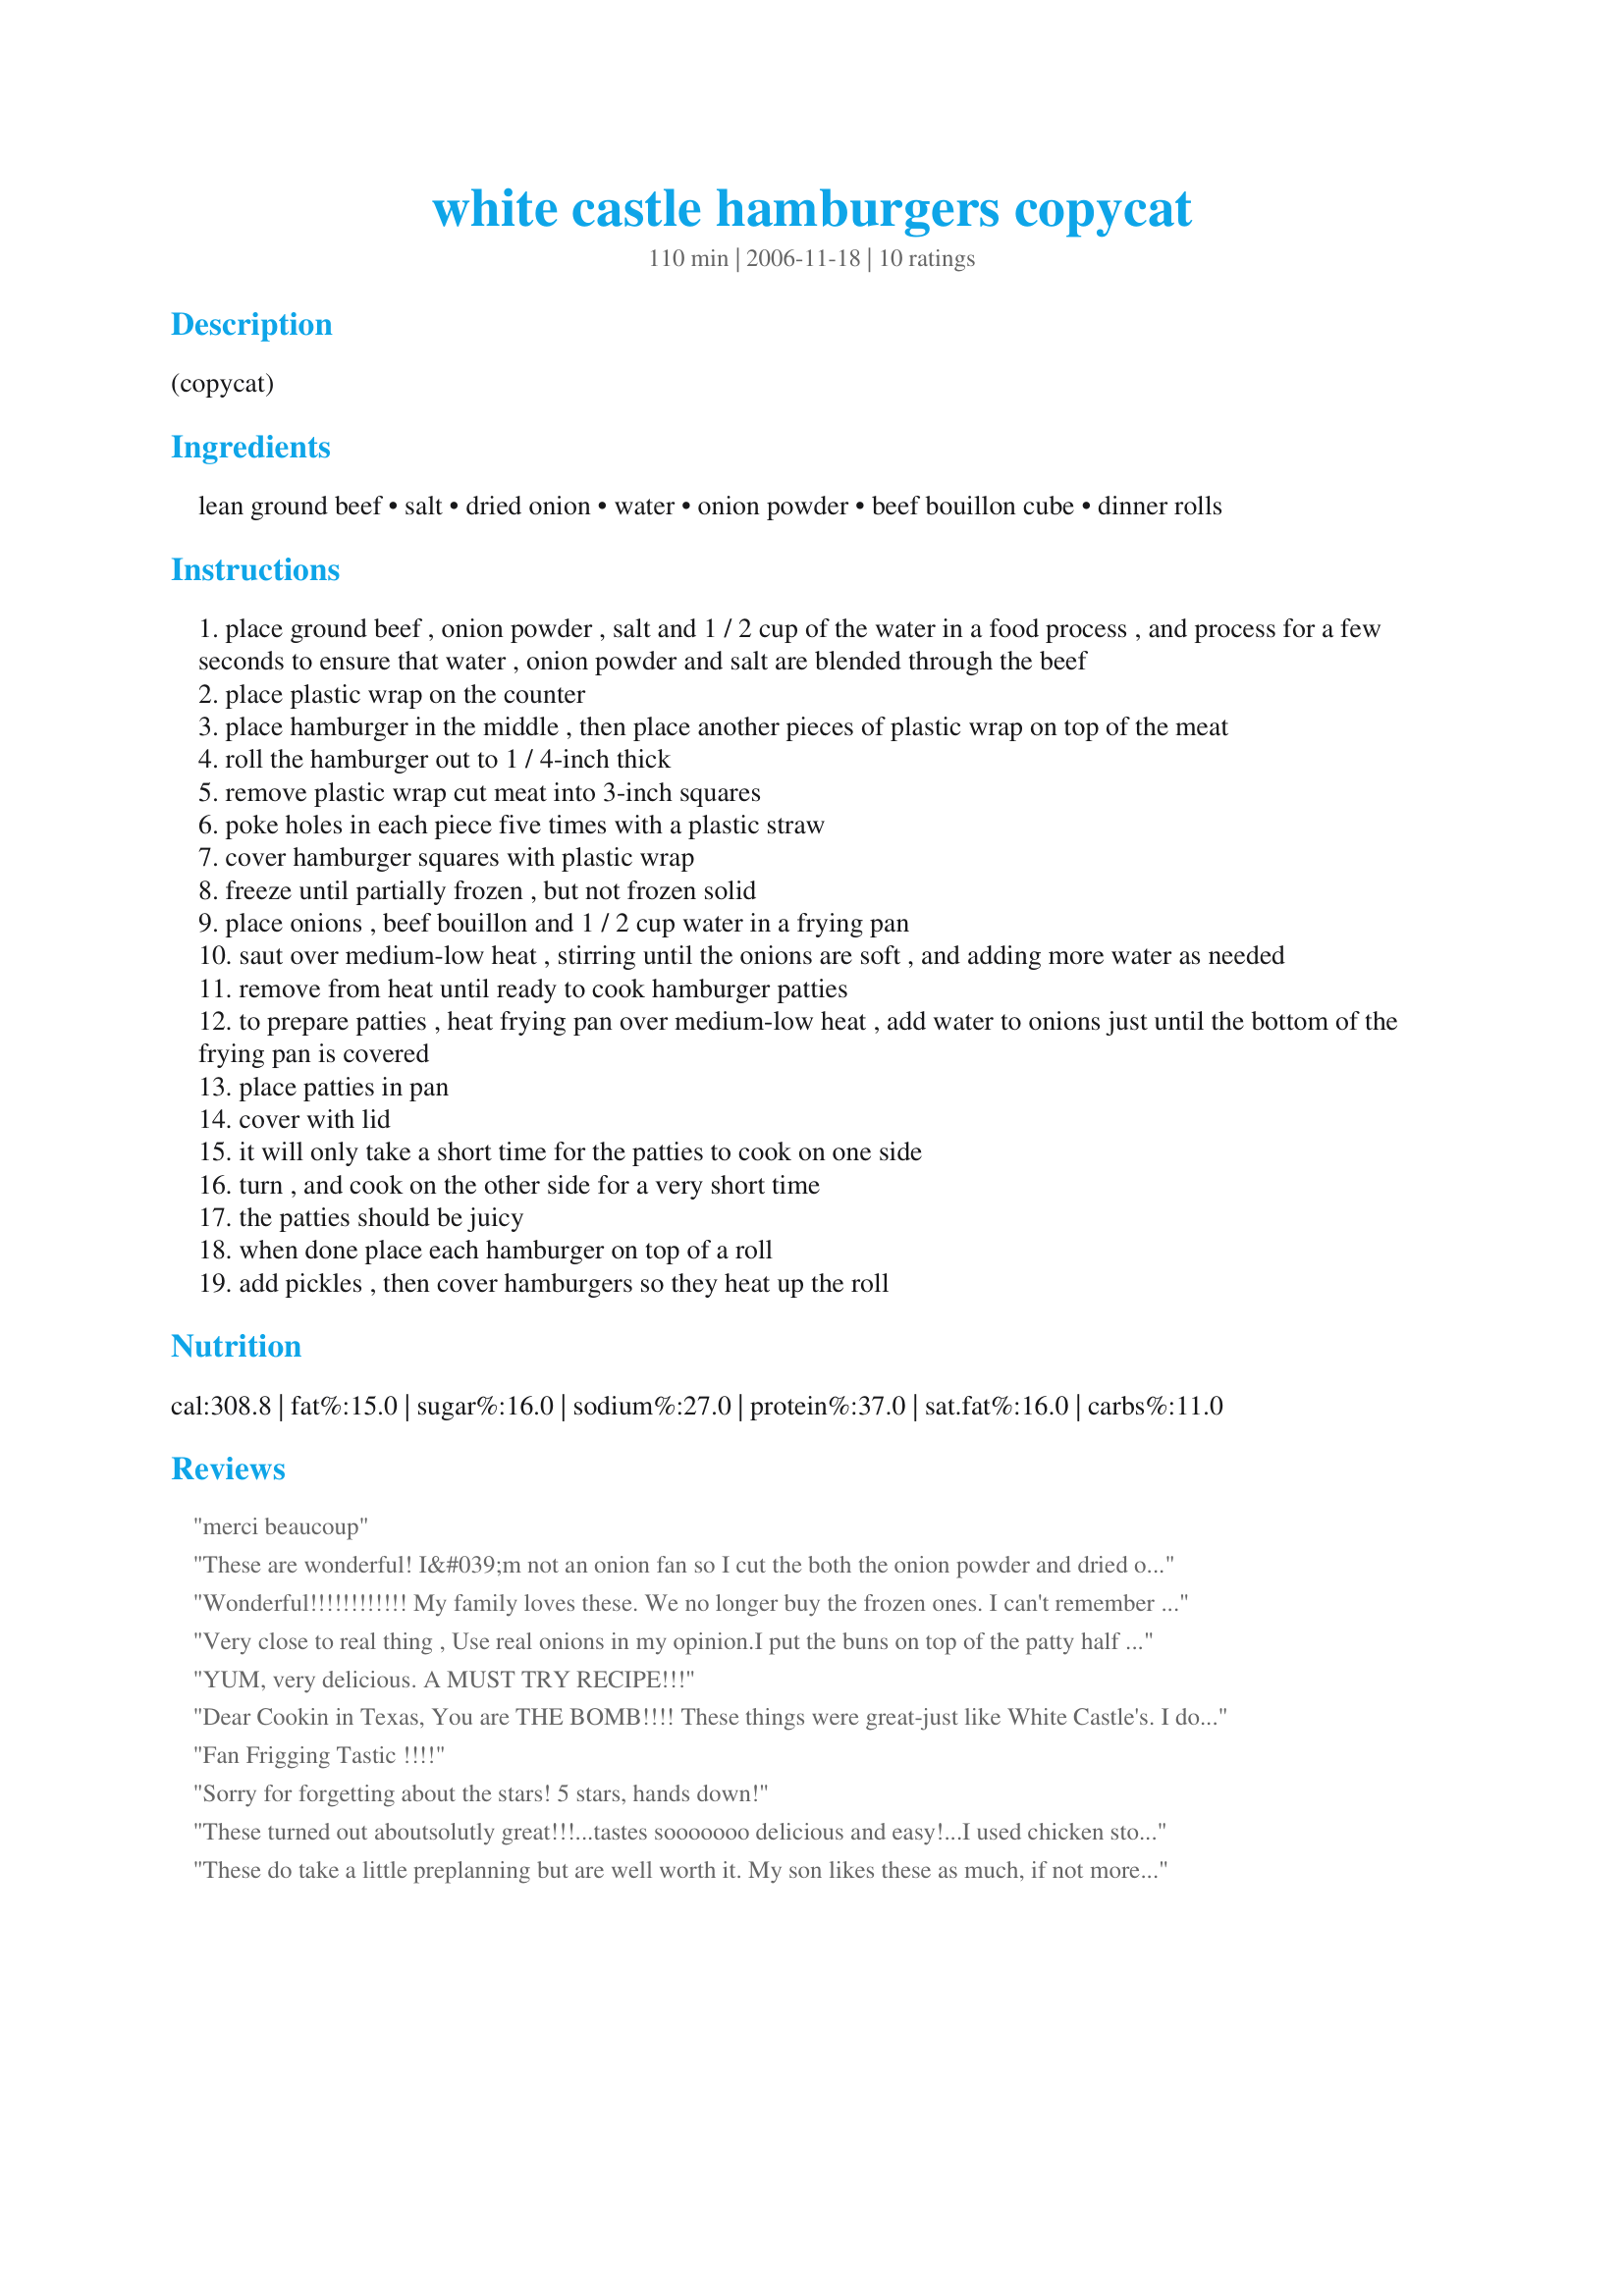
white castle hamburgers copycat
Preparation time: 110 minutes

(copycat)

Ingredients:
lean ground beef, salt, dried onion, water, onion powder, beef bouillon cube, dinner rolls

Steps:
place ground beef , onion powder , salt and 1 / 2 cup of the water in a food process , and process for a few seconds to ensure that water , onion powder and salt are blended through the beef
place plastic wrap on the counter
place hamburger in the middle , then place another pieces of plastic wrap on top of the meat
roll the hamburger out to 1 / 4-inch thick
remove plastic wrap cut meat into 3-inch squares
poke holes in each piece five times with a plastic straw
cover hamburger squares with plastic wrap
freeze until partially frozen , but not frozen solid
place onions , beef bouillon and 1 / 2 cup water in a frying pan
saut over medium-low heat , stirring until the onions are soft , and adding more water as needed
remove from heat until ready to cook hamburger patties
to prepare patties , heat frying pan over medium-low heat , add water to onions just until the bottom of the frying pan is covered
place patties in pan
cover with lid
it will only take a short time for the patties to cook on one side
turn , and cook on the other side for a very short time
the patties should be juicy
when done place each hamburger on top of a roll
add pickles , then cover hamburgers so they heat up the roll

Reviews:
merci beaucoup
These are wonderful! I&#039;m not an onion fan so I cut the both the onion powder and dried onion in half and they had the onion flavor but it wasn&#039;t overwhelming. I&#039;ll definitely make these again.
Wonderful!!!!!!!!!!!!
My family loves these. 
We no longer buy the frozen ones. I can't remember the last time we went to White Castle since first using this recipe.
Very close to real thing , Use real onions in my opinion.<br/>I put the buns on top of the patty half way though <br/>the meat cooking to steam the bun like white castle does.<br/>I used better than bouillon brand bouillon for extra flavor.
YUM, very delicious. A MUST TRY RECIPE!!!
Dear Cookin in Texas,
You are THE BOMB!!!! These things were great-just like White Castle's. I doubled the batch and came out with two dozen of these gems, and we ate and ate and ate. Wonderful treat for Memorial Day Weekend, except I gained three pounds. Love you, love you!!!!!
Fan Frigging Tastic !!!!
Sorry for forgetting about the stars! 5 stars, hands down!
These turned out aboutsolutly great!!!...tastes sooooooo delicious and easy!...I used chicken stock instead of bollion add add a little salt. Perfect!!
These do take a little preplanning but are well worth it. My son likes these as much, if not more than, the ones in the freezer case!
